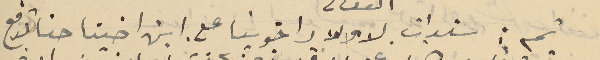
ثم : سندات لاولاد اخوينا مع ابن اخينا حنا تدفع